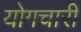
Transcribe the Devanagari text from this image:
योगचारी